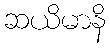
ဆယိမာနိ